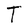
Character: T